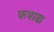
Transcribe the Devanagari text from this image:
फपाळ